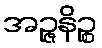
အဉ္ဇနိဉ္စ